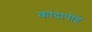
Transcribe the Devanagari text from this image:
कांदापोहे